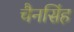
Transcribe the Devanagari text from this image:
चैनसिंह